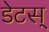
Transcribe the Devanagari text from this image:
डेटस्‌